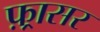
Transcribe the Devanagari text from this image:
फ़्रासर